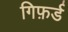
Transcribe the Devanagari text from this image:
गिफ़र्ड